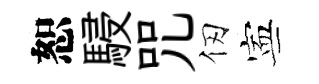
恕駸咒仞寕